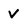
Character: V